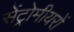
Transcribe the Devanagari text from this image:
सेंट्रोमीयरों